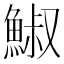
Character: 䱙